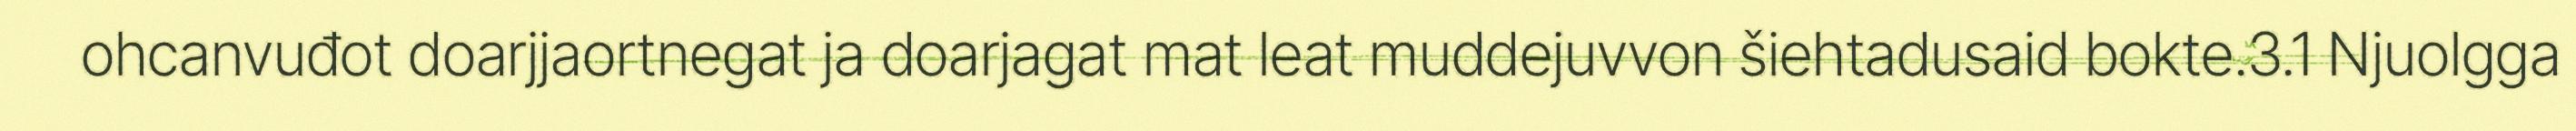
ohcanvuđot doarjjaortnegat ja doarjagat mat leat muddejuvvon šiehtadusaid bokte.3.1 Njuolgga